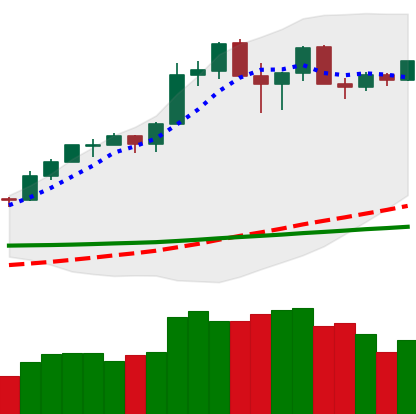
Ticker: ETH-USD
Chart end date: 2020-02-23
Forward return: -17.166%
Label: down_7plus